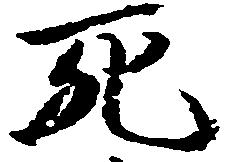
死